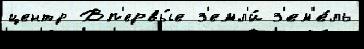
центр Вп'ервы́е з'емл'и́ з'ем'е́ль